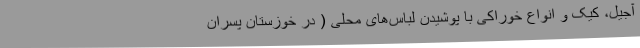
آجیل، کیک و انواع خوراکی با پوشیدن لباس‌های محلی ( در خوزستان پسران